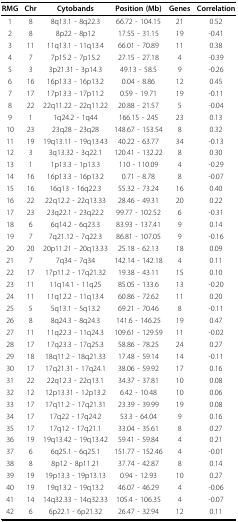
<table><thead><tr><td><b>RMG</b></td><td><b>Chr</b></td><td><b>Cytobands</b></td><td><b>Position (Mb)</b></td><td><b>Genes</b></td><td><b>Correlation</b></td></tr></thead><tbody><tr><td>1</td><td>8</td><td>8q13.1 - 8q22.3</td><td>66.72 - 104.15</td><td>21</td><td>0.52</td></tr><tr><td>2</td><td>8</td><td>8p22 - 8p12</td><td>17.55 - 31.15</td><td>19</td><td>-0.41</td></tr><tr><td>3</td><td>11</td><td>11q13.1 - 11q13.4</td><td>66.01 - 70.89</td><td>11</td><td>0.38</td></tr><tr><td>4</td><td>7</td><td>7p15.2 - 7p15.2</td><td>27.15 - 27.18</td><td>4</td><td>-0.39</td></tr><tr><td>5</td><td>3</td><td>3p21.31 - 3p14.3</td><td>49.13 - 58.5</td><td>9</td><td>-0.26</td></tr><tr><td>6</td><td>16</td><td>16p13.3 - 16p13.2</td><td>0.04 - 8.86</td><td>12</td><td>0.45</td></tr><tr><td>7</td><td>17</td><td>17p13.3 - 17p11.2</td><td>0.59 - 19.71</td><td>19</td><td>-0.11</td></tr><tr><td>8</td><td>22</td><td>22q11.22 - 22q11.22</td><td>20.88 - 21.57</td><td>5</td><td>-0.04</td></tr><tr><td>9</td><td>1</td><td>1q24.2 - 1q44</td><td>166.15 - 245</td><td>23</td><td>0.13</td></tr><tr><td>10</td><td>23</td><td>23q28 - 23q28</td><td>148.67 - 153.54</td><td>8</td><td>0.32</td></tr><tr><td>11</td><td>19</td><td>19q13.11 - 19q13.43</td><td>40.22 - 63.77</td><td>34</td><td>-0.13</td></tr><tr><td>12</td><td>3</td><td>3q13.32 - 3q22.1</td><td>120.41 - 132.22</td><td>8</td><td>0.30</td></tr><tr><td>13</td><td>1</td><td>1p13.3 - 1p13.3</td><td>110 - 110.09</td><td>4</td><td>-0.29</td></tr><tr><td>14</td><td>16</td><td>16p13.3 - 16p13.2</td><td>0.71 - 8.78</td><td>8</td><td>-0.07</td></tr><tr><td>15</td><td>16</td><td>16q13 - 16q22.3</td><td>55.32 - 73.24</td><td>16</td><td>0.40</td></tr><tr><td>16</td><td>22</td><td>22q12.2 - 22q13.33</td><td>28.46 - 49.31</td><td>20</td><td>0.22</td></tr><tr><td>17</td><td>23</td><td>23q22.1 - 23q22.2</td><td>99.77 - 102.52</td><td>6</td><td>-0.31</td></tr><tr><td>18</td><td>6</td><td>6q14.2 - 6q23.3</td><td>83.93 - 137.41</td><td>9</td><td>0.14</td></tr><tr><td>19</td><td>7</td><td>7q21.12 - 7q22.3</td><td>86.81 - 107.05</td><td>9</td><td>-0.16</td></tr><tr><td>20</td><td>20</td><td>20p11.21 - 20q13.33</td><td>25.18 - 62.13</td><td>18</td><td>0.09</td></tr><tr><td>21</td><td>7</td><td>7q34 - 7q34</td><td>142.14 - 142.18</td><td>4</td><td>0.11</td></tr><tr><td>22</td><td>17</td><td>17p11.2 - 17q21.32</td><td>19.38 - 43.11</td><td>15</td><td>0.10</td></tr><tr><td>23</td><td>11</td><td>11q14.1 - 11q25</td><td>85.05 - 133.6</td><td>13</td><td>-0.20</td></tr><tr><td>24</td><td>11</td><td>11q12.2 - 11q13.4</td><td>60.86 - 72.62</td><td>11</td><td>0.20</td></tr><tr><td>25</td><td>5</td><td>5q13.1 - 5q13.2</td><td>69.21 - 70.46</td><td>8</td><td>-0.11</td></tr><tr><td>26</td><td>8</td><td>8q24.3 - 8q24.3</td><td>141.6 - 146.25</td><td>19</td><td>0.47</td></tr><tr><td>27</td><td>11</td><td>11q22.3 - 11q24.3</td><td>109.61 - 129.59</td><td>11</td><td>-0.02</td></tr><tr><td>28</td><td>17</td><td>17q23.3 - 17q25.3</td><td>58.86 - 78.25</td><td>24</td><td>0.27</td></tr><tr><td>29</td><td>18</td><td>18q11.2 - 18q21.33</td><td>17.48 - 59.14</td><td>14</td><td>-0.11</td></tr><tr><td>30</td><td>17</td><td>17q21.31 - 17q24.1</td><td>38.06 - 59.92</td><td>17</td><td>0.16</td></tr><tr><td>31</td><td>22</td><td>22q12.3 - 22q13.1</td><td>34.37 - 37.81</td><td>10</td><td>0.08</td></tr><tr><td>32</td><td>12</td><td>12p13.31 - 12p13.2</td><td>6.42 - 10.48</td><td>10</td><td>0.06</td></tr><tr><td>33</td><td>17</td><td>17q11.2 - 17q21.31</td><td>23.39 - 39.99</td><td>19</td><td>0.08</td></tr><tr><td>34</td><td>17</td><td>17q22 - 17q24.2</td><td>53.3 - 64.04</td><td>9</td><td>0.16</td></tr><tr><td>35</td><td>17</td><td>17q12 - 17q21.1</td><td>33.04 - 35.61</td><td>8</td><td>0.27</td></tr><tr><td>36</td><td>19</td><td>19q13.42 - 19q13.42</td><td>59.41 - 59.84</td><td>4</td><td>0.21</td></tr><tr><td>37</td><td>6</td><td>6q25.1 - 6q25.1</td><td>151.77 - 152.46</td><td>4</td><td>-0.01</td></tr><tr><td>38</td><td>8</td><td>8p12 - 8p11.21</td><td>37.74 - 42.87</td><td>8</td><td>0.14</td></tr><tr><td>39</td><td>19</td><td>19p13.3 - 19p13.13</td><td>0.94 - 12.93</td><td>10</td><td>0.27</td></tr><tr><td>40</td><td>19</td><td>19q13.2 - 19q13.2</td><td>46.07 - 46.29</td><td>4</td><td>-0.06</td></tr><tr><td>41</td><td>14</td><td>14q32.33 - 14q32.33</td><td>105.4 - 106.35</td><td>4</td><td>-0.07</td></tr><tr><td>42</td><td>6</td><td>6p22.1 - 6p21.32</td><td>26.47 - 32.94</td><td>12</td><td>0.11</td></tr></tbody></table>